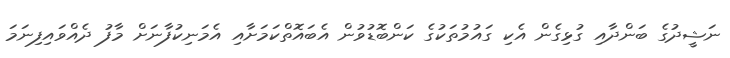
ނަޝީދުގެ ބަންދާއި ގުޅިގެން އެކި ގައުމުތަކުގެ ކަންބޮޑުވުން އެބައޮތްކަމަށާއި އެމަނިކުފާނަށް މާފު ދެއްވައިފިނަމަ